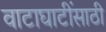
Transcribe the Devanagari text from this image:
वाटाघाटींसाठी